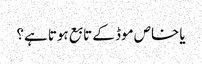
یا خاص موڈ کے تابع ہوتا ہے؟